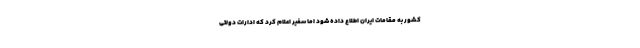
کشور به مقامات ایران اطلاع داده شود اما سفیر اعلام کرد که ادارات دولتی